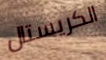
الكريستال